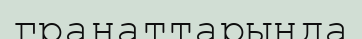
гранаттарында